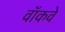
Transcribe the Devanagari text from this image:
वॉकवे